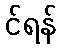
င်ရန်